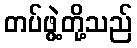
တပ်ဖွဲ့တို့သည်